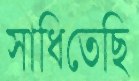
সাধিতেছি